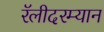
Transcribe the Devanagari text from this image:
रॅलीदरम्यान